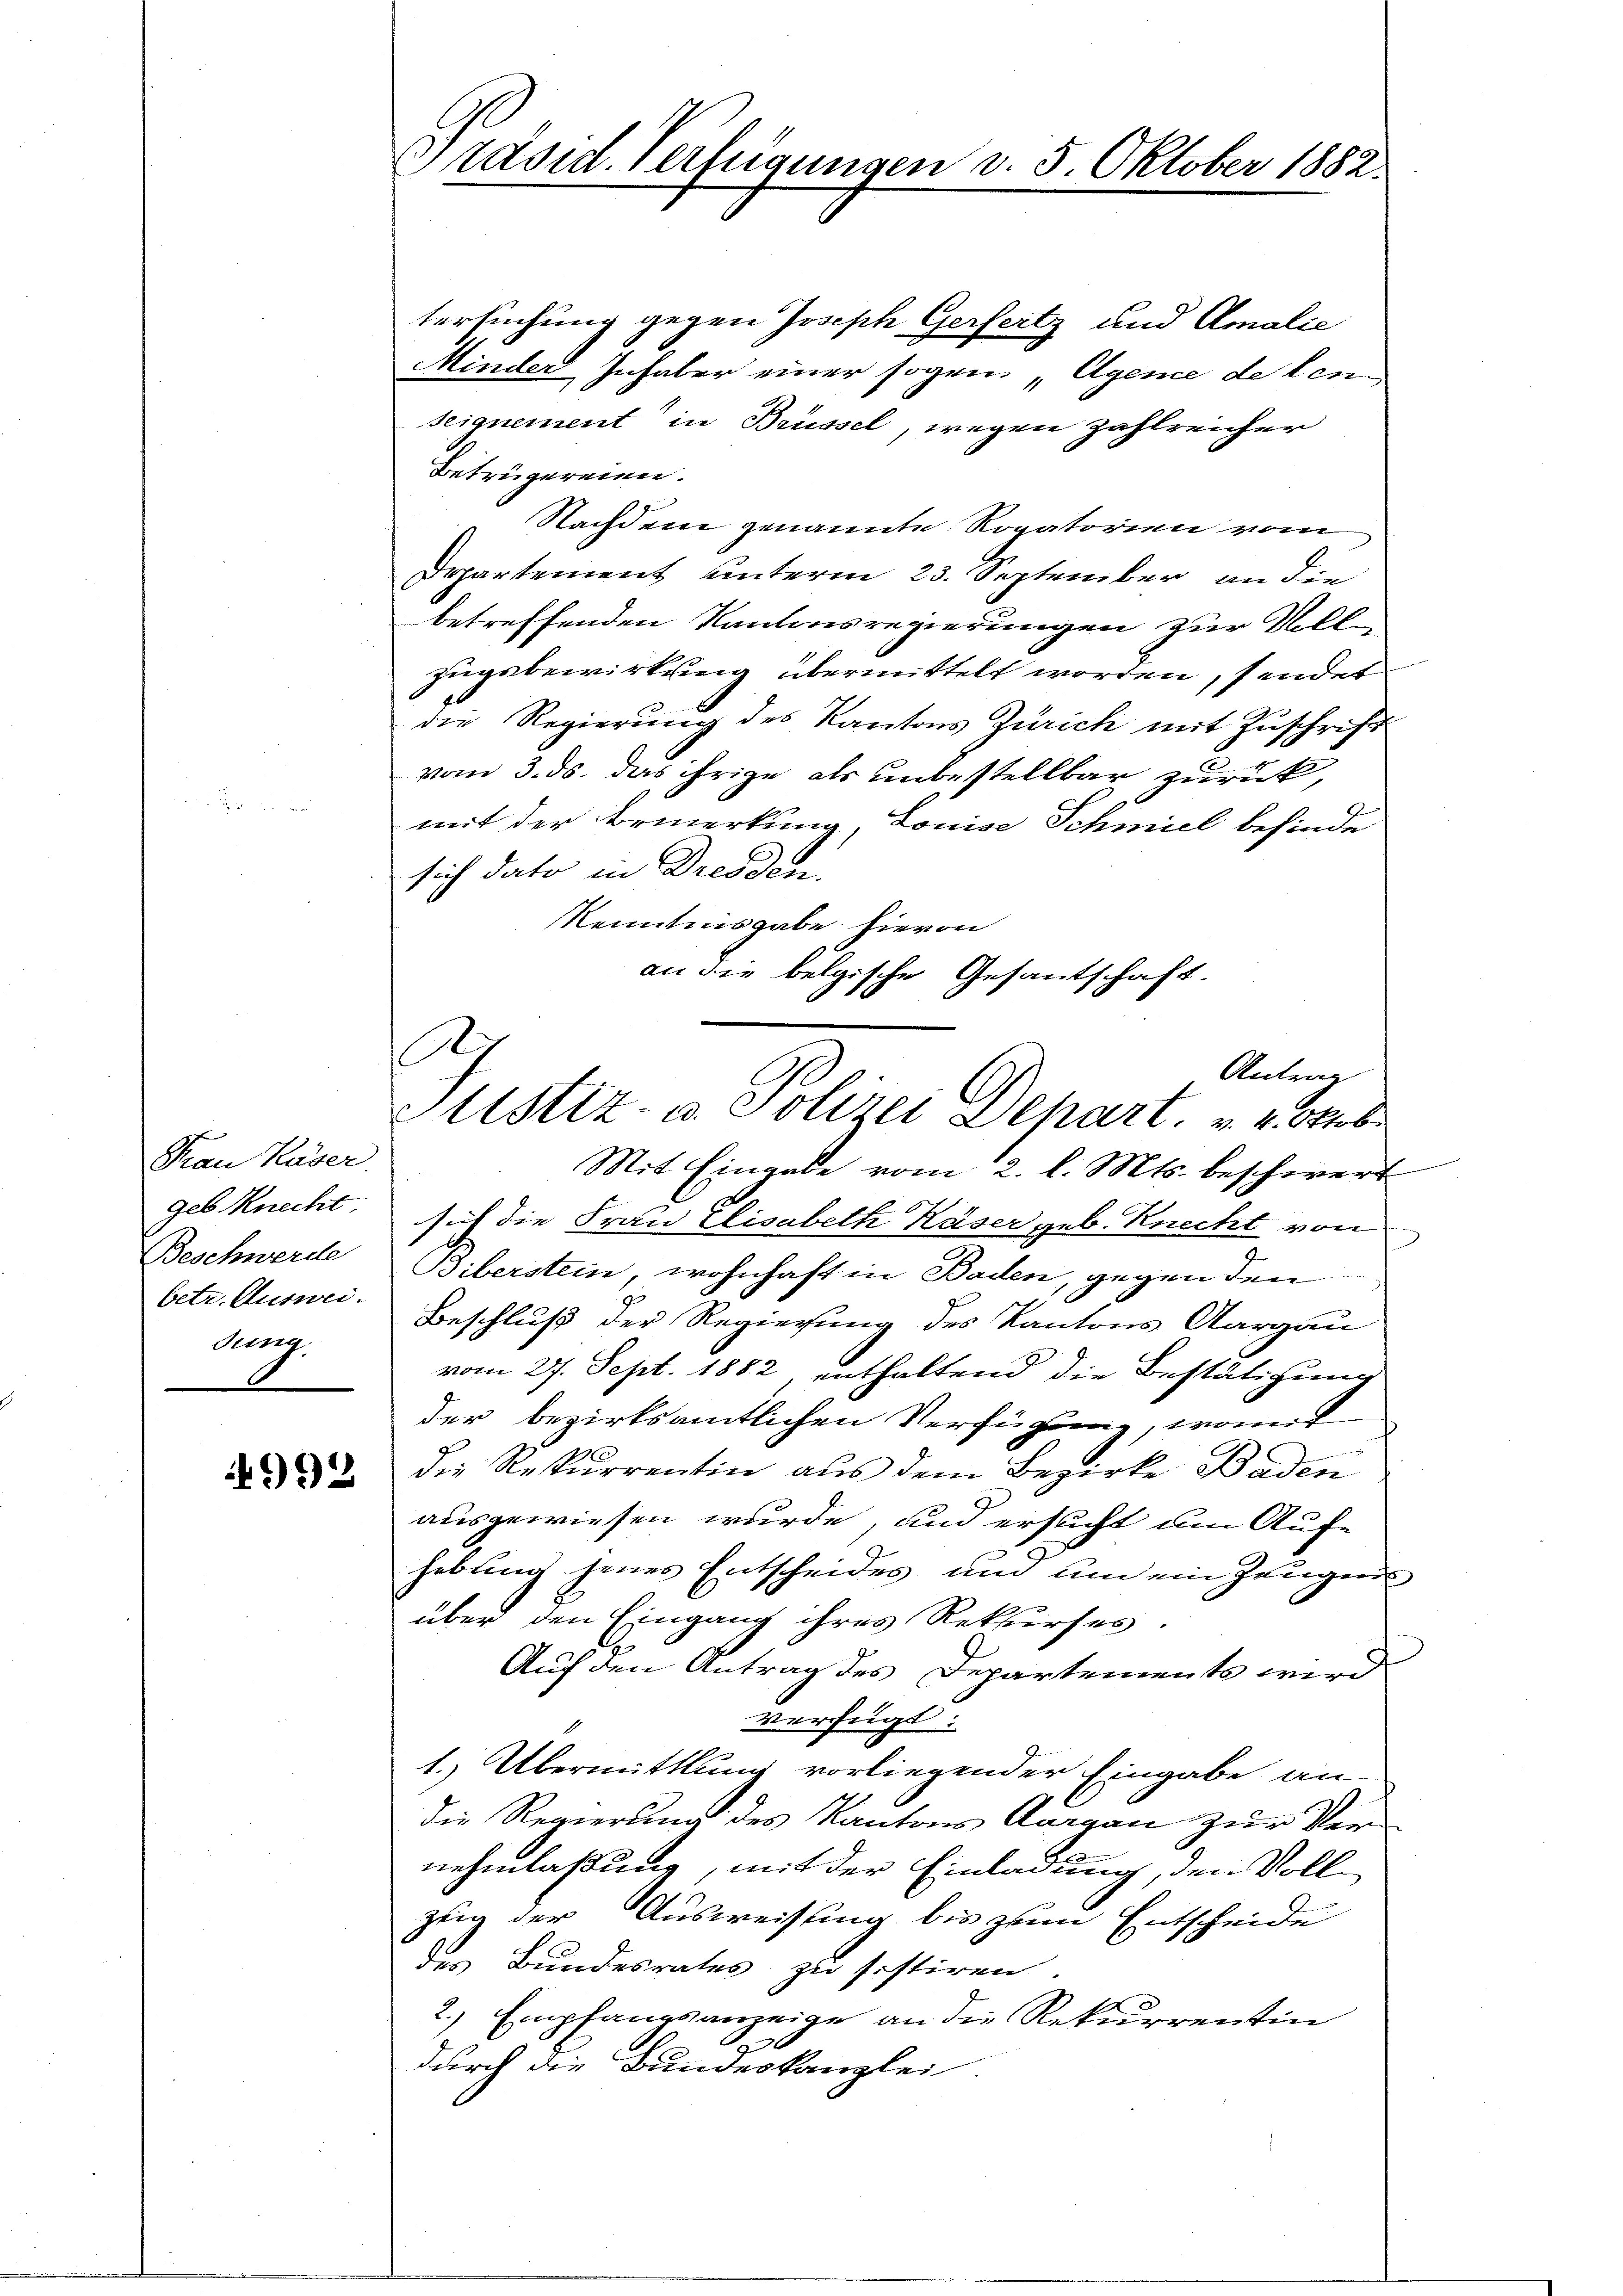
Frau Käser.
geb. Knecht
Beschwerde
betr. Ausweiang.

992

Präsid. Verfügungen v. 5. Oktober 1882.

tersuchung gegen Joseph Gerfertz und Amalie
Minder Inhaber einer sogen Agene de lenseignement in Brüssel, wegen Zahlreicher
Betrügereien.
Nachdem genannte Rogatorien vom
Departement unterm 23. September an die
betreffenden Kantonsregierungen zur Vollzugebewirkung übermittelt worden, sendet
die Regierung des Kantons Zürich mit Zuschrift
vom 3. ds. das Frize als unbestellbar zurück,
mit der Bemerkung, Louise Schmiel befinde
sich dato in Dresden.
Kenntnisgabe hievon
Mit Eingabe vom 2. l. Mts. beschwert
sich die Frau Elisabeth Käser geb. Knecht von
Biberstein, wohnhaft in Baden, gegen den
Beschluß der Regierung des Kantons Aargau
vom 27. Sept. 1882 enthaltend die Bestätigung
der bezirksamtlichen Verfügung, womit
die Rekurrentin aus dem Bezirke Baden
ausgewiesen wurde, und ersucht um Aufe
hebung jenes Entscheides und um ein Zeugen
über den Eingang ihres Rekurses.
Auf den Antrag des Departements wird
verfügt:
1. Übermittlung vorliegender Eingabe an
die Regierung des Kantons Aargau zur Vernehmlaßung, mit der Einladung, den Vollzeig der Ausweisung bis zum Entscheide
des Bundesrates zu sistiren
2.) Empfangsanzeige an die Rekurrentin
3
durch die Bundeskanzlei.

an die belgische Gesantschaft.
.
Antrag
listiz- u. Polizei Dehart, v. 4. Oktobe